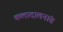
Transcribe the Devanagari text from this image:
कलादालनांत